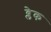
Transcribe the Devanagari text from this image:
व्लेक